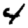
Digit: 4